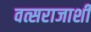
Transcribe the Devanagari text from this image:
वत्सराजाशी